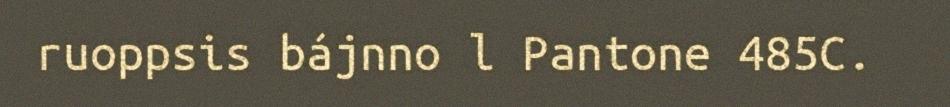
ruoppsis bájnno l Pantone 485C.